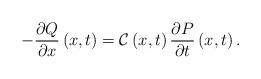
LaTeX: \begin{align*}-\frac{\partial Q}{\partial x}\left(x,t\right)=\mathcal{C}\left(x,t\right)\frac{\partial P}{\partial t}\left(x,t\right).\end{align*}